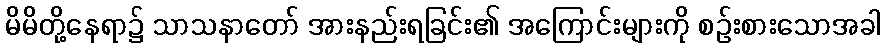
မိမိတို့နေရာ၌ သာသနာတော် အားနည်းရခြင်း၏ အကြောင်းများကို စဉ်းစားသောအခါ